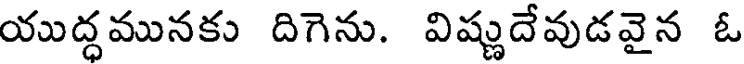
యుద్ధమునకు దిగెను. విష్ణుదేవుడవైన ఓ